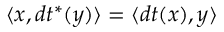
\langle x , d t ^ { * } ( y ) \rangle = \langle d t ( x ) , y \rangle